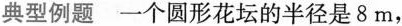
典型例题 一个圆形花坛的半径是8m,